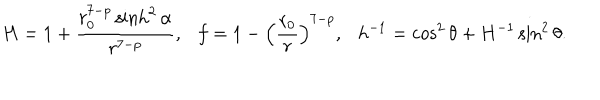
H = 1 + \frac { r _ { 0 } ^ { 7 - p } \sinh ^ { 2 } \alpha } { r ^ { 7 - p } } , \ \ \ f = 1 - \left( \frac { r _ { 0 } } { r } \right) ^ { 7 - p } , \ \ \ h ^ { - 1 } = \cos ^ { 2 } \theta + H ^ { - 1 } \sin ^ { 2 } \theta .